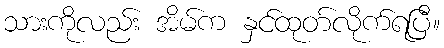
သားကိုလည်း အိမ်က နှင်ထုတ်လိုက်ရပြီ။